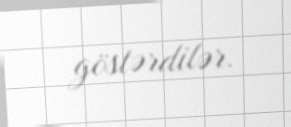
göstərdilər.